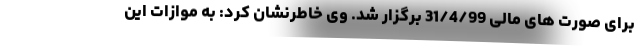
برای صورت های مالی 31/4/99 برگزار شد. وی خاطرنشان کرد: به موازات این